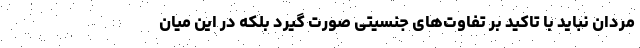
مردان نباید با تاکید بر تفاوت‌های جنسیتی صورت گیرد بلکه در این میان